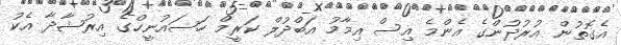
އެގޮތުން އުރުދުންގެ އެންމެ އިސް އިމާމު އަބްދުލް ކަރީމް ހަސައުނީހްގެ އިރުޝާދާ އެކު